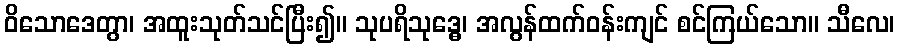
ဝိသောဒေတွာ၊ အထူးသုတ်သင်ပြီး၍။ သုပရိသုဒ္ဓေ၊ အလွန်ထက်ဝန်းကျင် စင်ကြယ်သော။ သီလေ၊